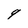
Character: q